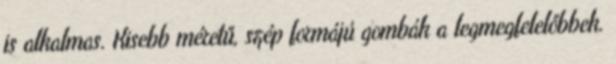
is alkalmas. Kisebb méretű, szép formájú gombák a legmegfelelőbbek.